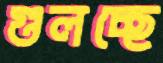
গুলচ্ছে